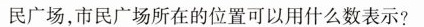
民广场，市民广场所在的位置可以用什么数表示?